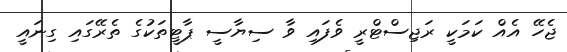
ޖެހޭ އެއް ކަމަކީ ރަޖިސްޓްރީ ވެފައި ވާ ސިޔާސީ ޕާޓީތަކުގެ ތެރޭގައި ގިނައީ